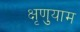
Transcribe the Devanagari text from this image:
क्षृणुयाम